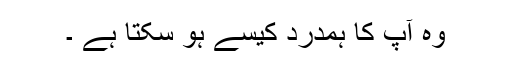
وہ آپ کا ہمدرد کیسے ہو سکتا ہے ۔